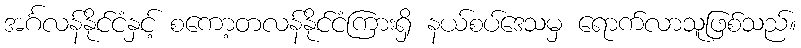
အင်္ဂလန်နိုင်ငံနှင့် စကော့တလန်နိုင်ငံကြားရှိ နယ်စပ်ဒေသမှ ရောက်လာသူဖြစ်သည်။